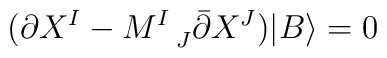
(\partial X^I - M^{I}_{\ \ J} \bar \partial X^J) |B\rangle=0